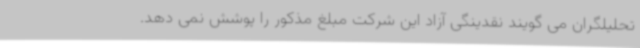
تحلیلگران می گویند نقدینگی آزاد این شرکت مبلغ مذکور را پوشش نمی دهد.